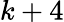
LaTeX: k+4